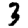
Digit: 3